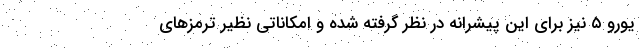
یورو ۵ نیز برای این پیشرانه در نظر گرفته شده و امکاناتی نظیر ترمزهای